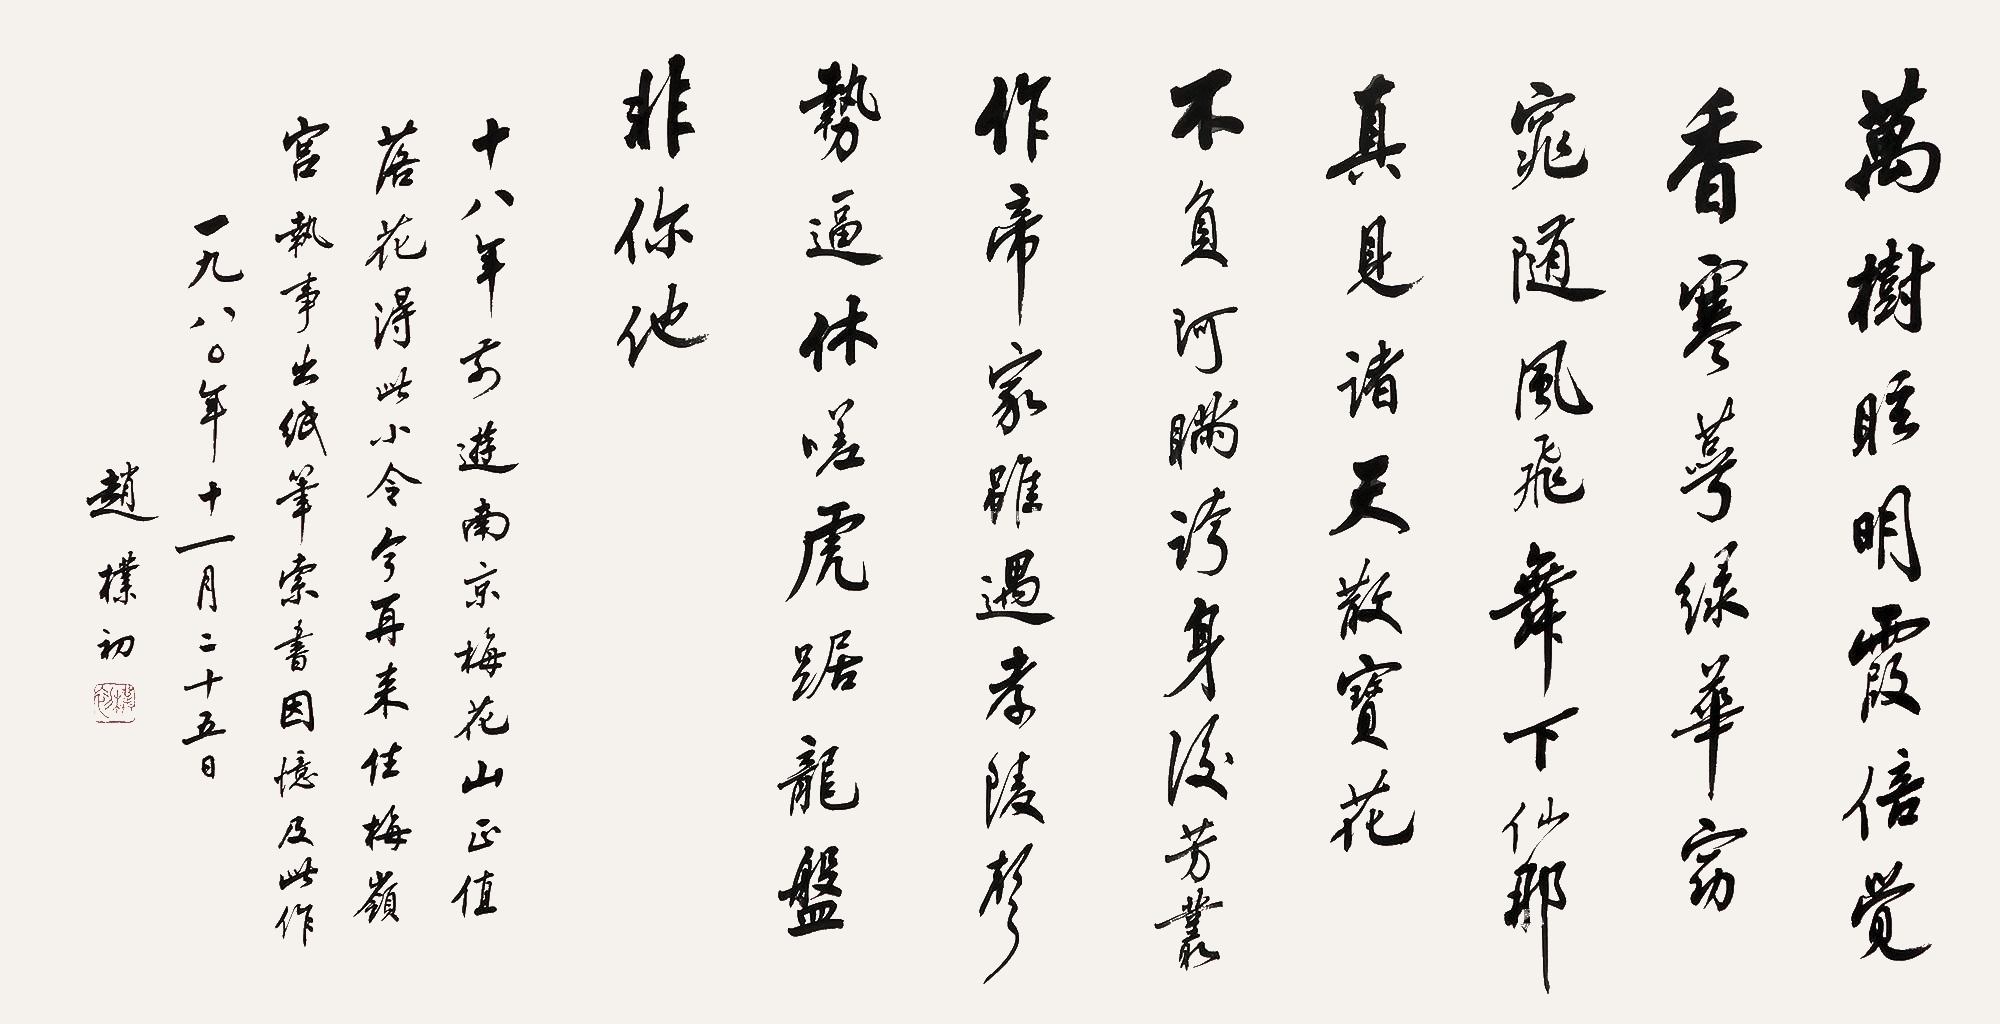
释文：万树眩明霞。倍觉香寒萼绿华。窈窕随风飞舞下，仙耶，真见诸天散宝花。不负阿瞒夸，身后芳丛作帝家。虽遇孝陵声势逼，休嗟，虎踞龙蟠非你他。十八年前游南京梅花山，正值落花，得此小令。今再来住梅岭宫，执事出纸笔索书，因忆及此作。一九八○年十一月二十五日。赵朴初